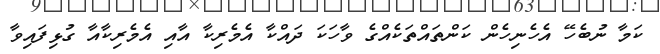
ކަމާ ނުބެހޭ އެހެނިހެން ކަންތައްތަކެއްގެ ވާހަކަ ދައްކާ އެމެރިކާ އާއި އެމެރިކާއާ ގުޅިފައިވާ